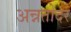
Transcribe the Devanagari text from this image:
अन्नतोदर